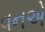
વનએ